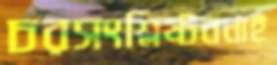
চরসংশ্লিষ্টননাই